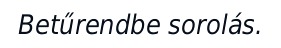
Betűrendbe sorolás.